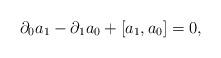
LaTeX: \begin{align*}\partial_0 a_1 - \partial_1 a_0 + [a_1, a_0] = 0,\end{align*}